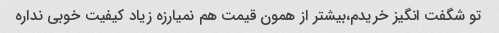
تو شگفت انگیز خریدم،بیشتر از همون قیمت هم نمیارزه زیاد کیفیت خوبی نداره